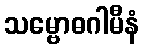
သမ္ဗောဓဂါမီနံ